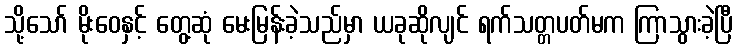
သို့သော် မိုးဝေနှင့် တွေ့ဆုံ မေးမြန်းခဲ့သည်မှာ ယခုဆိုလျင် ရက်သတ္တပတ်မက ကြာသွားခဲ့ပြီ